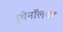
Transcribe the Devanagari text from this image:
इथेनॉलवर